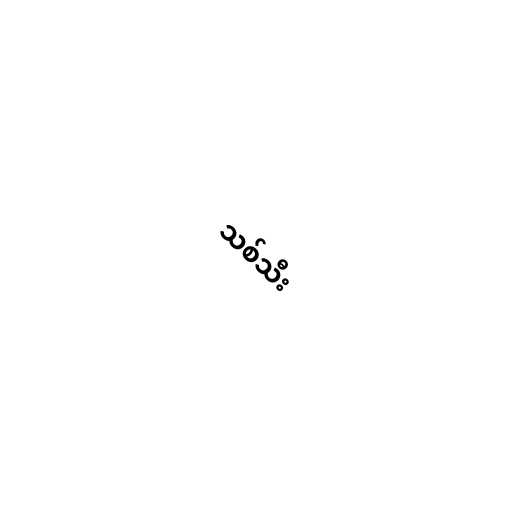
သစ်သီး